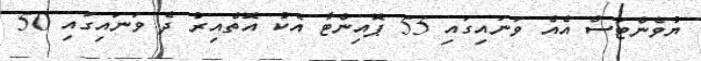
ޔުވެންޓަސް އެއް ވަނައިގައި 55 ޕޮއިންޓާ އެކު އޮތްއިރު ދެ ވަނައިގައި 50